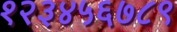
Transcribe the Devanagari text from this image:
१२३४५६७८९